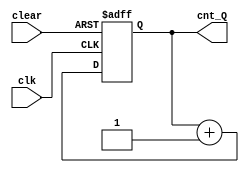
`timescale 1ns / 1ps
//////////////////////////////////////////////////////////////////////////////////
// Company: 
// Engineer: 
// 
// Design Name: 
// Module Name: count
// Project Name: 
// Target Devices: 
// Tool Versions: 
// Description: 
// 
// Dependencies: 
// 
// Revision:
// Revision 0.01 - File Created
// Additional Comments:
// 
//////////////////////////////////////////////////////////////////////////////////


module count #(
    parameter N = 8
)(
    // input
    input clear,
    input clk,

    // output
    output [N-1:0] cnt_Q
    );
//---------------------------Signal Declaration---------------------------
reg [N-1:0] cnt;

//-----------------------------Main body----------------------------------
assign cnt_Q = cnt;

always@(posedge clk or posedge clear)
begin
    if(clear)
        cnt <= 'h0;
    else
        cnt <= cnt+1;
end


endmodule